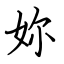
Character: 妳